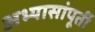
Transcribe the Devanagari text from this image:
अभ्यासांपूर्ती